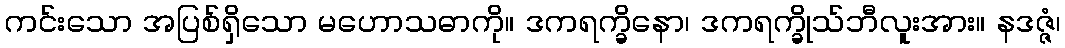
ကင်းသော အပြစ်ရှိသော မဟောသဓာကို။ ဒကရက္ခိနော၊ ဒကရက္ခိုသ်ဘီလူးအား။ နဒဇ္ဇံ၊